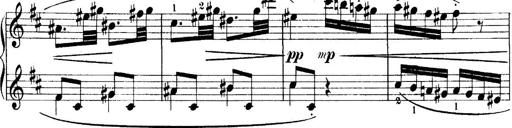
Title: 4 Sonatines
Composer: Max Reger